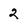
Character: 2